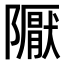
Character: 𨽀